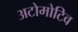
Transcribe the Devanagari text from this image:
अटोमोटिव